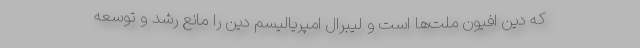
که دین افیون ملت‌ها است و لیبرال امپریالیسم دین را مانع رشد و توسعه